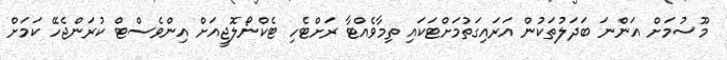
މޫސުމަށް އަންނަ ބަދަލުތަކުން އަރައިގަތުމަށްޓަކައި ތިމާވެއްޓާ ރަށްޓެހި ޓެކްނޯލޮޖީއަށް އިންވެސްޓް ކުރަންޖެހޭ ކަމަށް